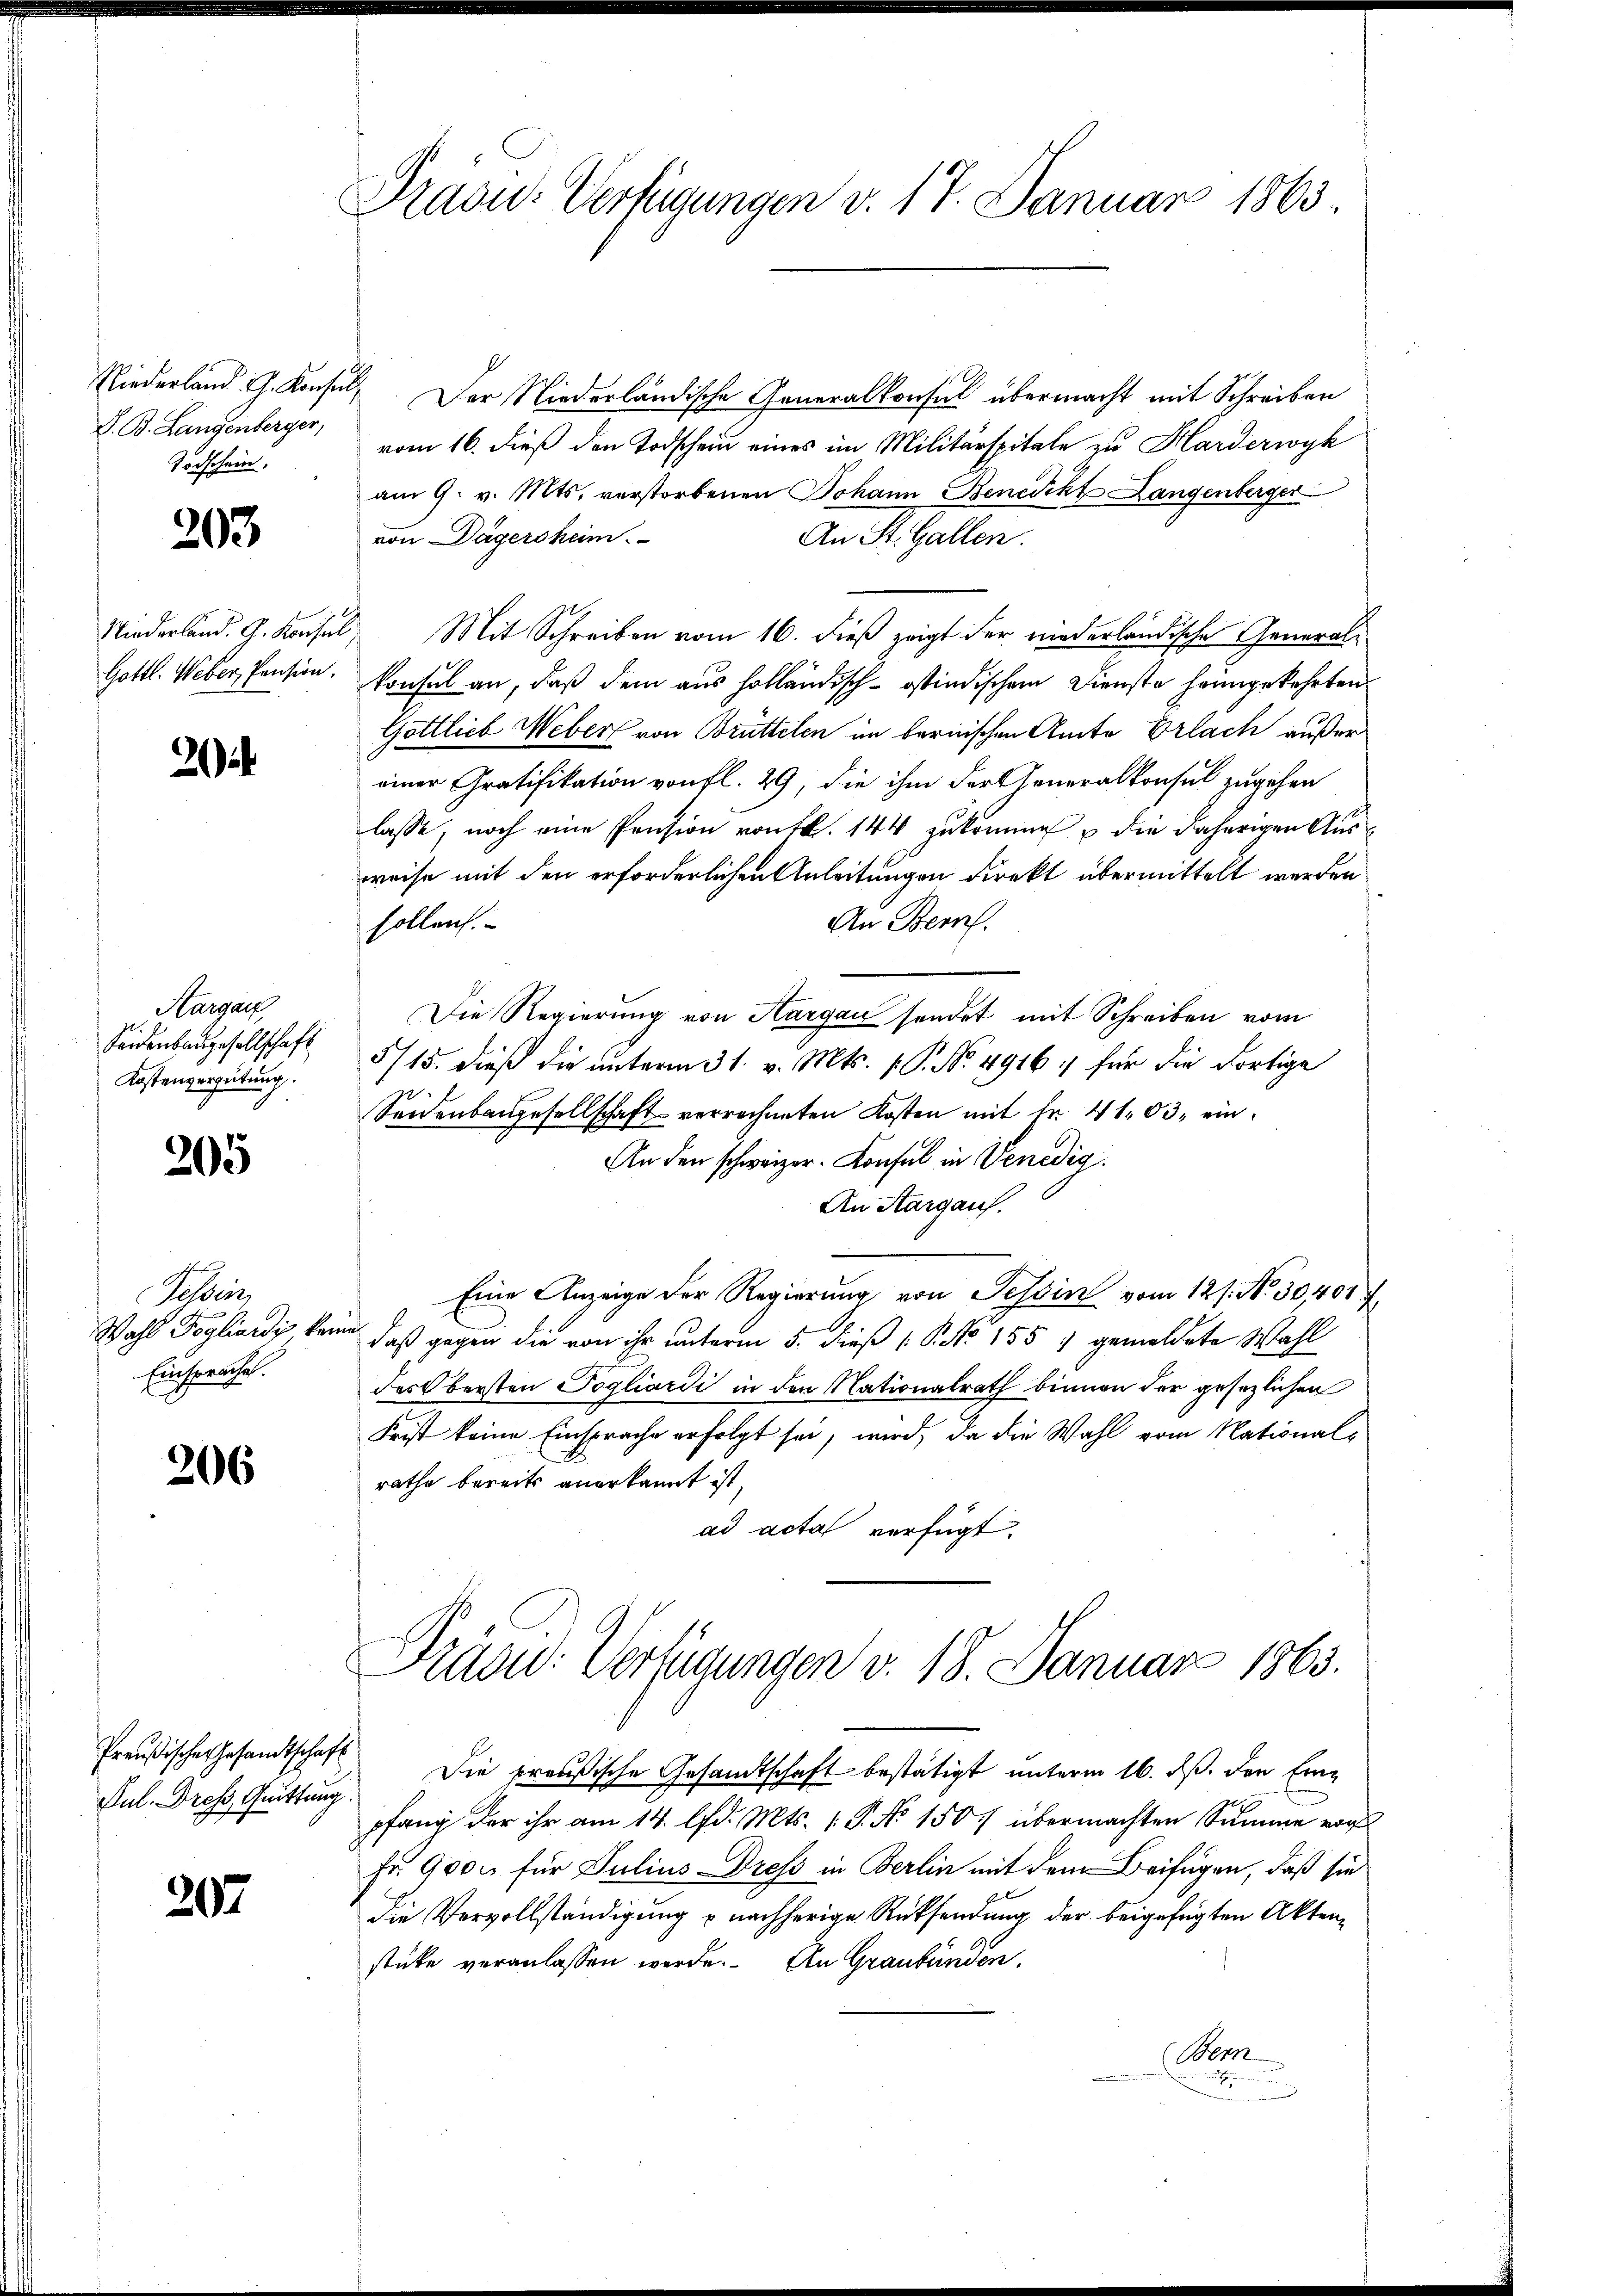
D. B. Langenberger,
Todschein,

203

Niederland. G. Konsul
Gottl. Weber, Pension.

2

Aargau
Seidenbaugesellschaft
Kostenvergütung.

205

Tessin,
Wahl Fogliardig kan
Einspruche.

206

Preußische Gesandtschaft
Jul. Dross. Quittung

207

Praou-Verfügungen v. 17. Januar 1863.

Niederland. G. Konsuls. Der Niederländische Generalkonsul übermacht mit Schreiben
vom 16. dieß den Todschein eines im Militärspitale zu Harderwyk
am 9. v. Mts. verstorbenen Johann Benedikt Langenberger
von Dägersheim.
An St. Gallen.
 Mit Schreiben vom 16. dieß zeigt der niederländische General-
konsul an, daß dem aus holländisch-ostindischem Dienste heimgekehrten
Göttlieb Weber von Brüttelen im bernischen Amte Erlach außer
einer Gratifikation von fl. 29, die ihm der Generalkonsul zugehen
lasse, noch eine Pension von fl. 144 zukommen & die daherigen Ausweise mit den erforderlichen Anleitungen direkt übermittelt werden
sollen.
An Bern.
Die Regierung von Hargau sendet mit Schreiben vom
5/15. dieß die unterm 31. v. Mts. 1. P. No. 4916: für die dortige
Seidenbaugesellschaft verrechneten Kosten mit Fr. 41. 83, ein
An den schweizer. Konsul in Venedig
An Aargau.
Eine Anzeige der Regierung von Tessin vom 12 s. No. 30,401 f.
in, daß gegen die von ihr unterm 5. dieß P. Nr. 155 & gemeldete Wahl
des Obersten Pogliardi in den Nationalrath binnen der gesezlichen
Frist keine Einsprache erfolgt sei, wird, da die Wahl vom Nationalrathe bereits anerkannt ist,
ad acta verfügt:

Präced: Verfügungen v. 18. Januar 1865.

Die preußische Gesandtschaft bestätigt unterm 16. ds. den Einpfang der ihr am 14. lfd. Mts. 1. P. No 1507 übermachten Summe vor
Fr. 9000 für Julius Dress in Berlin mit dem Beifügen, daß sie
die Vervollständigung u nachherige Rücksendung der beigefügten Aktenstüke veranlassen werde. An Graubünden.
(Bern
u